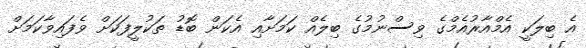
އެ ބިލަކީ އެމްއާރުއެމްގެ ވިސްނުމުގެ ބިލެއް ކަމަށާއި އެކަން ބޮޑު ތަކުލީފަކަށް ވެފައިވާކަމަށް